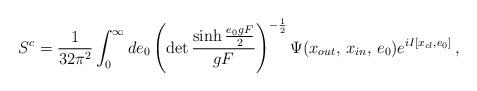
LaTeX: \begin{align*}S\sp c={1\over 32\pi\sp 2}\int\sb 0\sp\infty de\sb 0 \left(\det\frac{\sinh\frac{e\sb0gF}{2}}{gF}\right)\sp{-\frac{1}{2}}\Psi(x\sb{out},\,x\sb{in},\,e\sb0)e\sp{{i}I\lbrack x\sb{cl},e\sb0\rbrack}\,,\end{align*}